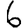
Digit: 6